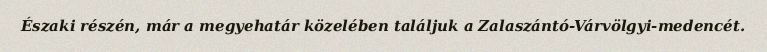
Északi részén, már a megyehatár közelében találjuk a Zalaszántó-Várvölgyi-medencét.